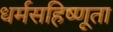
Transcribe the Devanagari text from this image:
धर्मसहिष्णूता